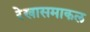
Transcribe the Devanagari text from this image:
रेखासमाकल